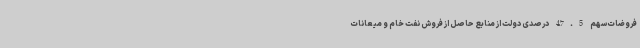
فروضات سهم 47.5 درصدی دولت از منابع حاصل از فروش نفت خام و میعانات